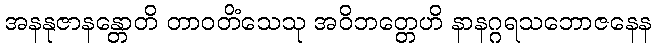
အနနုဇာနန္တောတိ တာဝတိံသေသု အဝိဘတ္တေဟိ နာနဂ္ဂရသဘောဇနေန